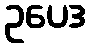
ဥပေဒ